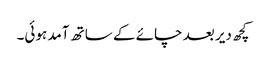
کچھ دیر بعد چائے کے ساتھ آمد ہوئی۔